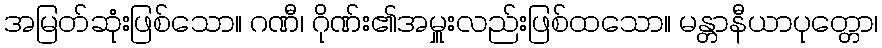
အမြတ်ဆုံးဖြစ်သော။ ဂဏီ၊ ဂိုဏ်း၏အမှူးလည်းဖြစ်ထသော။ မန္တာနီယာပုတ္တော၊